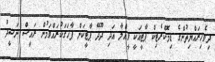
ދިވެހިރައްޔިތުންގެ ޑިމޮކްރެޓިކް ޕާޓީއަކީ ވީއްލާ އަދި ދޫދޭ ޕާޓީކަން ފާހަގަކުރައްވަމުން ރައީސް ނަޝީދު